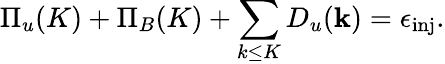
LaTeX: \Pi_{u}(K)+\Pi_{B}(K)+\sum_{k\le K}D_{u}({\mathbf k})=\epsilon_{\mathrm{inj}}.